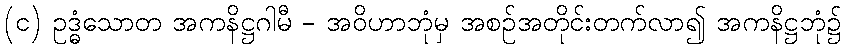
(င) ဥဒ္ဓံသောတ အကနိဋ္ဌဂါမီ - အဝိဟာဘုံမှ အစဉ်အတိုင်းတက်လာ၍ အကနိဋ္ဌဘုံ၌